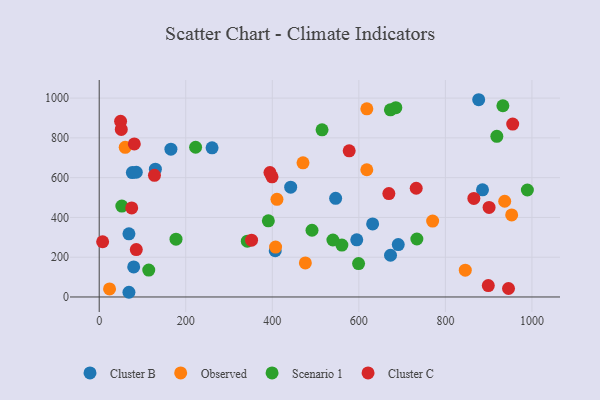
{"axis": {"x": "Experience", "y": "Yield"}, "legend": ["Cluster B", "Cluster C", "Observed", "Scenario 1"], "data": [{"x": "595.2", "y": 287.5, "type": "Cluster B"}, {"x": "68.7", "y": 317.6, "type": "Cluster B"}, {"x": "691.1", "y": 263.3, "type": "Cluster B"}, {"x": "631.9", "y": 367.5, "type": "Cluster B"}, {"x": "260.8", "y": 749.9, "type": "Cluster B"}, {"x": "442.5", "y": 552.3, "type": "Cluster B"}, {"x": "546.4", "y": 496.0, "type": "Cluster B"}, {"x": "165.7", "y": 743.1, "type": "Cluster B"}, {"x": "877.0", "y": 991.9, "type": "Cluster B"}, {"x": "885.8", "y": 538.8, "type": "Cluster B"}, {"x": "68.7", "y": 23.6, "type": "Cluster B"}, {"x": "129.8", "y": 642.8, "type": "Cluster B"}, {"x": "406.8", "y": 232.5, "type": "Cluster B"}, {"x": "76.6", "y": 625.8, "type": "Cluster B"}, {"x": "85.7", "y": 627.3, "type": "Cluster B"}, {"x": "673.2", "y": 209.7, "type": "Cluster B"}, {"x": "79.7", "y": 151.0, "type": "Cluster B"}, {"x": "471.0", "y": 674.5, "type": "Observed"}, {"x": "953.2", "y": 412.8, "type": "Observed"}, {"x": "410.8", "y": 490.8, "type": "Observed"}, {"x": "846.0", "y": 134.5, "type": "Observed"}, {"x": "476.4", "y": 171.0, "type": "Observed"}, {"x": "937.1", "y": 481.3, "type": "Observed"}, {"x": "770.6", "y": 381.9, "type": "Observed"}, {"x": "23.9", "y": 40.6, "type": "Observed"}, {"x": "60.1", "y": 752.4, "type": "Observed"}, {"x": "618.5", "y": 945.9, "type": "Observed"}, {"x": "407.6", "y": 251.0, "type": "Observed"}, {"x": "618.4", "y": 639.7, "type": "Observed"}, {"x": "560.8", "y": 261.1, "type": "Scenario 1"}, {"x": "673.0", "y": 941.2, "type": "Scenario 1"}, {"x": "114.5", "y": 135.4, "type": "Scenario 1"}, {"x": "491.8", "y": 335.6, "type": "Scenario 1"}, {"x": "222.8", "y": 753.0, "type": "Scenario 1"}, {"x": "515.0", "y": 840.3, "type": "Scenario 1"}, {"x": "989.5", "y": 537.8, "type": "Scenario 1"}, {"x": "177.5", "y": 290.4, "type": "Scenario 1"}, {"x": "599.4", "y": 168.0, "type": "Scenario 1"}, {"x": "540.1", "y": 286.6, "type": "Scenario 1"}, {"x": "52.3", "y": 457.0, "type": "Scenario 1"}, {"x": "734.1", "y": 291.5, "type": "Scenario 1"}, {"x": "932.9", "y": 961.7, "type": "Scenario 1"}, {"x": "918.9", "y": 807.6, "type": "Scenario 1"}, {"x": "342.3", "y": 280.6, "type": "Scenario 1"}, {"x": "685.5", "y": 951.8, "type": "Scenario 1"}, {"x": "390.9", "y": 382.8, "type": "Scenario 1"}, {"x": "955.6", "y": 869.5, "type": "Cluster C"}, {"x": "7.9", "y": 277.7, "type": "Cluster C"}, {"x": "865.8", "y": 495.8, "type": "Cluster C"}, {"x": "49.4", "y": 883.3, "type": "Cluster C"}, {"x": "352.1", "y": 285.8, "type": "Cluster C"}, {"x": "945.9", "y": 42.6, "type": "Cluster C"}, {"x": "901.0", "y": 450.2, "type": "Cluster C"}, {"x": "81.1", "y": 769.4, "type": "Cluster C"}, {"x": "669.4", "y": 519.9, "type": "Cluster C"}, {"x": "899.2", "y": 57.1, "type": "Cluster C"}, {"x": "85.7", "y": 238.2, "type": "Cluster C"}, {"x": "577.7", "y": 735.1, "type": "Cluster C"}, {"x": "51.0", "y": 842.3, "type": "Cluster C"}, {"x": "399.4", "y": 604.2, "type": "Cluster C"}, {"x": "394.6", "y": 625.5, "type": "Cluster C"}, {"x": "75.1", "y": 447.7, "type": "Cluster C"}, {"x": "732.6", "y": 546.6, "type": "Cluster C"}, {"x": "127.7", "y": 611.9, "type": "Cluster C"}]}